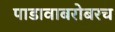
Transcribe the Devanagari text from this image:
पाडावाबरोबरच